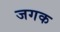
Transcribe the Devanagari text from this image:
जगक